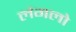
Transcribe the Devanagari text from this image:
लंगलो